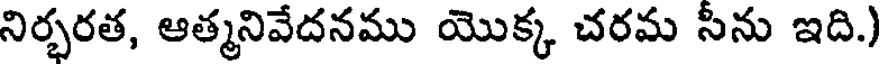
నిర్భరత, ఆత్మనివేదనము యొక్క చరమ సీను ఇది.)